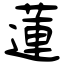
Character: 蓮